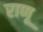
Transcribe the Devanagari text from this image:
राणू